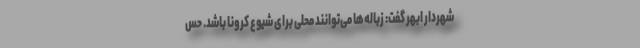
شهردار ابهر گفت: زباله‌ها می‌توانند محلی برای شیوع کرونا باشد. حس